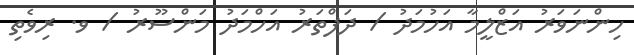
ހިންނަވަރު އަޒްލީމާ އަހުމަދު / ދަފްތަރު އަހްމަދު މަންސޫރު / ވ. ރިވެތި